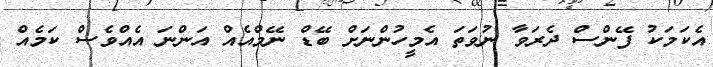
އެކަމަކު ފޭންސް ދެރަވާ ނުވަތަ އެމީހުންނަށް ބޭޑް ނޭމްއެއް އަންނަ އެއްވެސް ކަމެއް